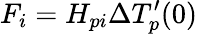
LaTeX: F_{i}=H_{pi}\Delta T_{p}^{\prime}(0)